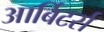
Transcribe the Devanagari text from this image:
आर्बिटर्स